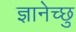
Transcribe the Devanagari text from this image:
ज्ञानेच्छु